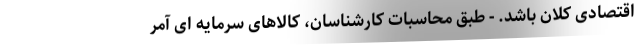
اقتصادی کلان باشد. - طبق محاسبات کارشناسان، کالاهای سرمایه ای آمر